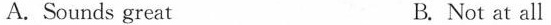
A. Sounds great B. Not at all